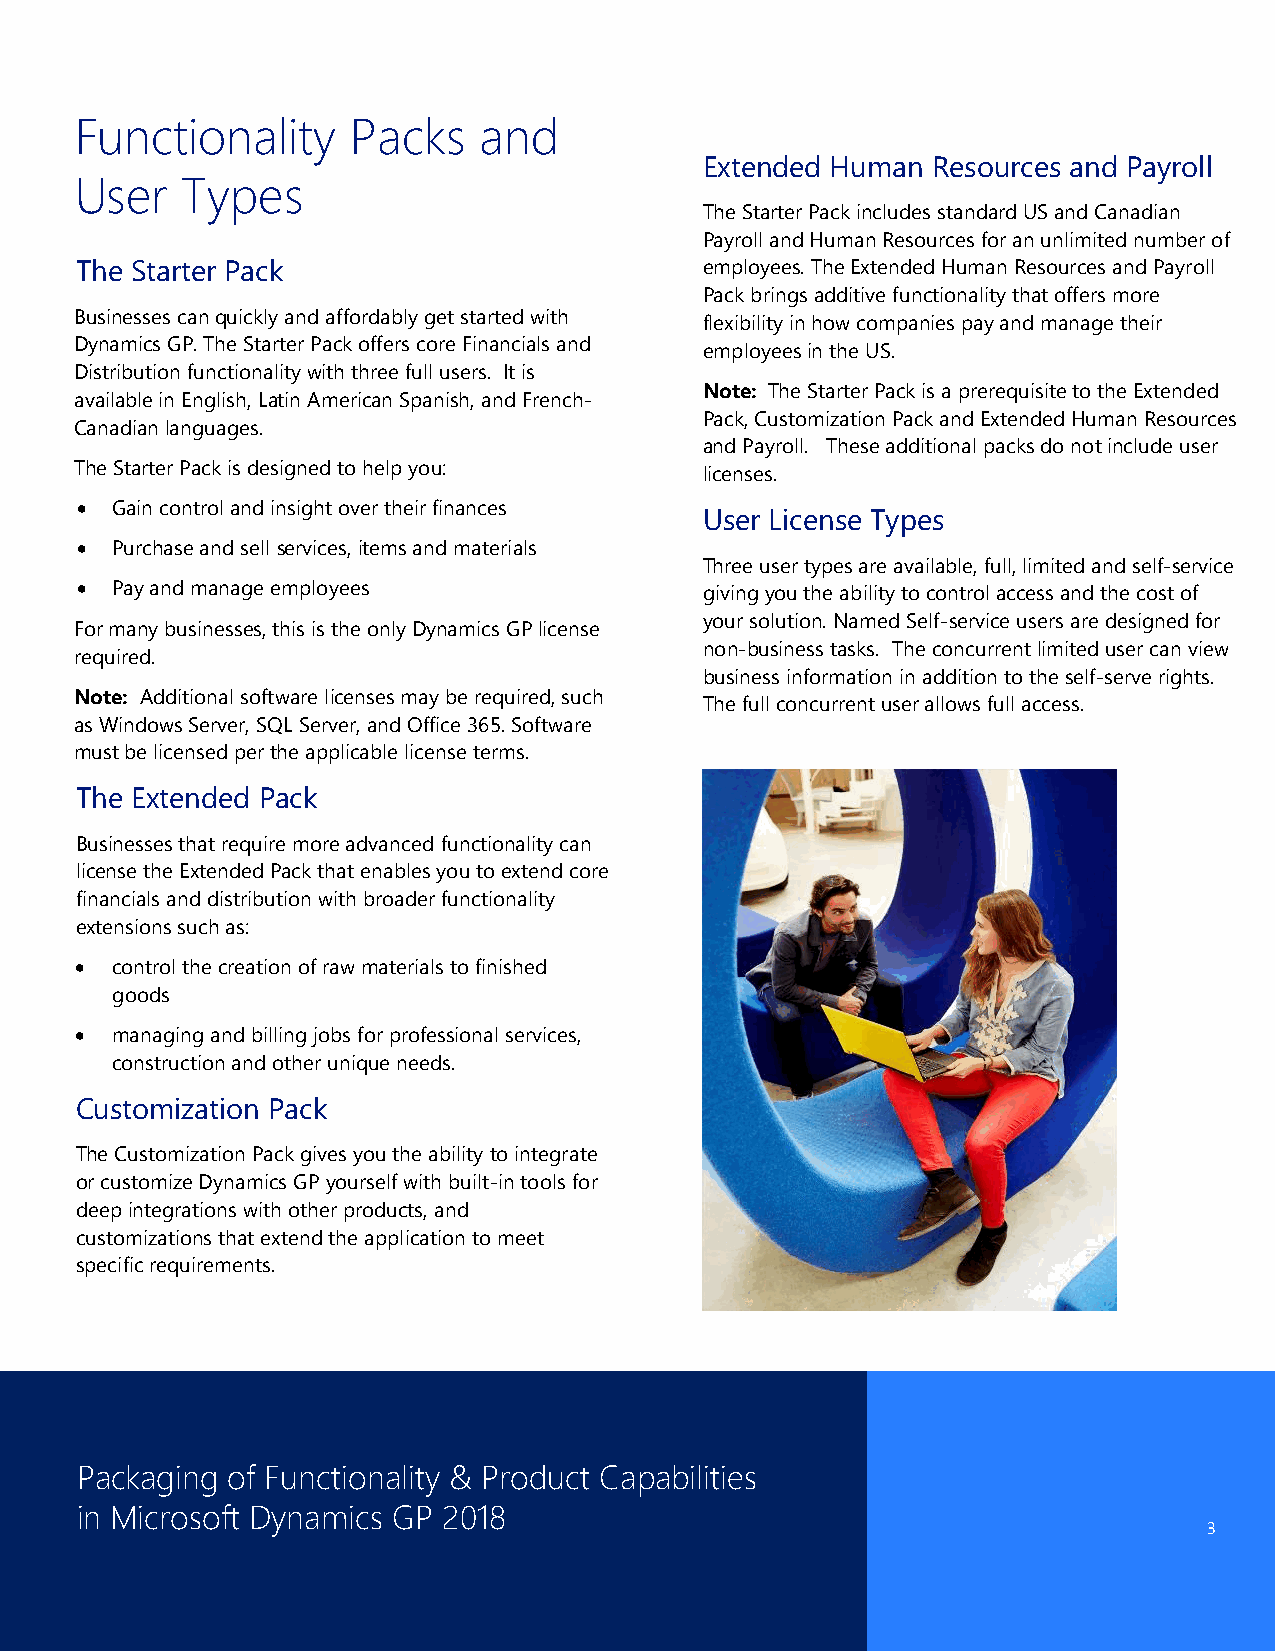
Functionality     Packs    and
 Extended Human Resources and Payroll
 User   Types
 The Starter Pack includes standard US and Canadian
 Payroll and Human Resources for an unlimited number of
 The Starter Pack                          employees. The Extended Human Resources and Payroll
 Pack brings additive functionality that offers more
 Businesses can quickly and affordably get started with flexibility in how companies pay and manage their
 Dynamics GP. The Starter Pack offers core Financials and
 employees in the US.
 Distribution functionality with three full users. It is
 Note: The Starter Pack is a prerequisite to the Extended
 available in English, Latin American Spanish, and French-
 Pack, Customization Pack and Extended Human Resources
 Canadian languages.
 and Payroll. These additional packs do not include user
 The Starter Pack is designed to help you: licenses.
 • Gain control and insight over their finances
 User License Types
 • Purchase and sell services, items and materials
 Three user types are available, full, limited and self-service
 • Pay and manage employees                giving you the ability to control access and the cost of
 your solution. Named Self-service users are designed for
 For many businesses, this is the only Dynamics GP license
 non-business tasks. The concurrent limited user can view
 required.
 business information in addition to the self-serve rights.
 Note: Additional software licenses may be required, such
 The full concurrent user allows full access.
 as Windows Server, SQL Server, and Office 365. Software
 must be licensed per the applicable license terms.
 The Extended Pack
 Businesses that require more advanced functionality can
 license the Extended Pack that enables you to extend core
 financials and distribution with broader functionality
 extensions such as:
 • control the creation of raw materials to finished
 goods
 • managing and billing jobs for professional services,
 construction and other unique needs.
 Customization Pack
 The Customization Pack gives you the ability to integrate
 or customize Dynamics GP yourself with built-in tools for
 deep integrations with other products, and
 customizations that extend the application to meet
 specific requirements.
 Packaging of Functionality & Product Capabilities
 in Microsoft Dynamics GP 2018
 3